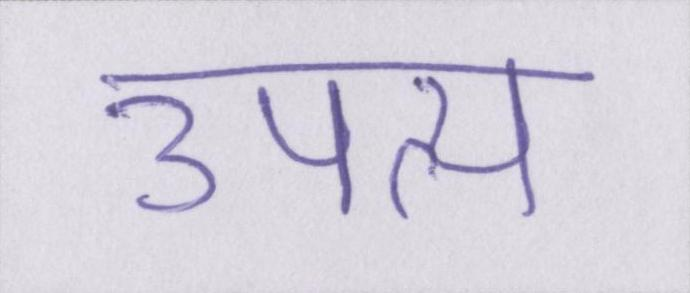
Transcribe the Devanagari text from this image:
उपत्य